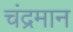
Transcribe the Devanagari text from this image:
चंद्रमान